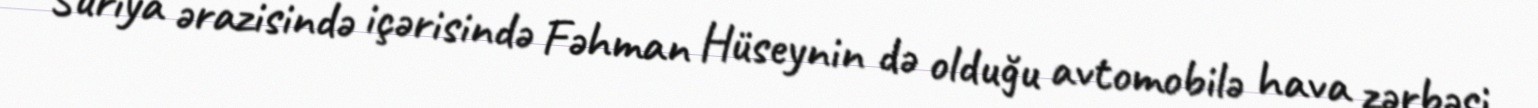
Suriya ərazisində içərisində Fəhman Hüseynin də olduğu avtomobilə hava zərbəsi